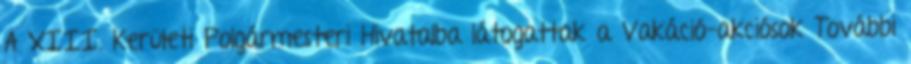
A XIII. Kerületi Polgármesteri Hivatalba látogattak a Vakáció-akciósok További